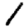
Digit: 1